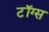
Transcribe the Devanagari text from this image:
टॉग्स